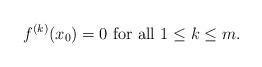
LaTeX: \begin{align*} f^{(k)}(x_0) = 0 \mbox{ for all } 1 \leq k \leq m.\end{align*}